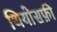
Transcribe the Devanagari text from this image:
थियोसफ़ी